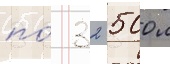
по́ 32 500 л